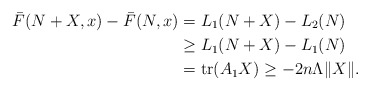
\begin{align*}\bar{F}(N+X,x) - \bar{F}(N,x) = {} & L_1(N+X) - L_2(N) \\\ge {} & L_1(N+X) - L_1(N) \\= {} & \textrm{tr}(A_1X) \ge - 2n\Lambda \| X \|.\end{align*}